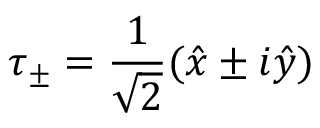
\boldsymbol { \tau } _ { \pm } = \frac { 1 } { \sqrt { 2 } } ( \hat { x } \pm i \hat { y } )